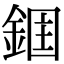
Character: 𮢉